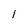
Character: l